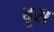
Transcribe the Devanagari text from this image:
दूस